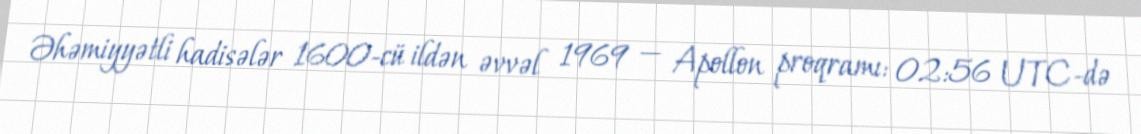
Əhəmiyyətli hadisələr 1600-cü ildən əvvəl 1969 — Apollon proqramı: 02:56 UTC-də